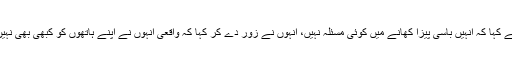
انہوں نے کہا کہ انہیں باسی پیزا کھانے میں کوئی مسئلہ نہیں، انہوں نے زور دے کر کہا کہ واقعی انہوں نے اپنے ہاتھوں کو کبھی بھی نہیں دھویا۔